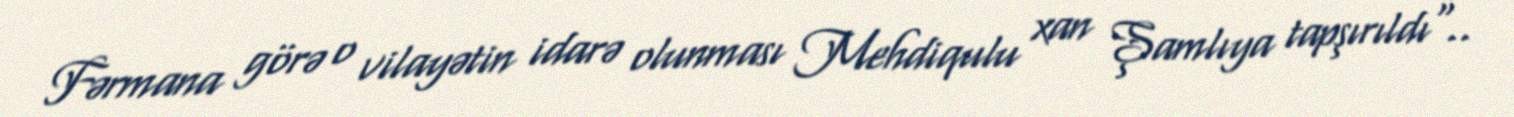
Fərmana görə o vilayətin idarə olunması Mehdiqulu xan Şamlıya tapşırıldı"..